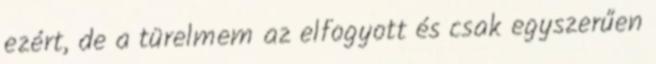
ezért, de a türelmem az elfogyott és csak egyszerűen